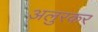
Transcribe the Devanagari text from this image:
अलुरकर